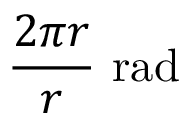
{ \frac { 2 \pi r } { r } } { \mathrm { ~ r a d } }